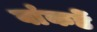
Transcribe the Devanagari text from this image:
वांकडें